General report no. 6 on the lunatic asylums, vaccination and dispensaries in the Bengal Presidency, 1873 -
Year: 1873
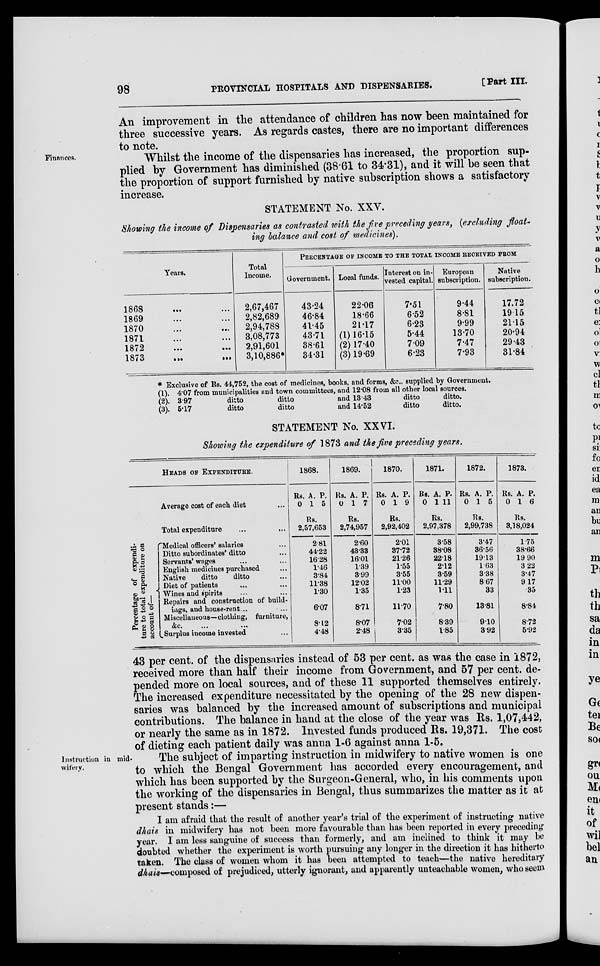
98
PROVINCIAL HOSPITALS AND DISPENSARIES.
[Part III.
An improvement in the attendance of children has now been maintained for
three successive years. As regards castes, there are no important differences
to note.
Finances.
Whilst the income of the dispensaries has increased, the proportion sup-
plied by Government has diminished (38.61 to 34.31), and it will be seen that
the proportion of support furnished by native subscription shows a satisfactory
increase.
STATEMENT No. XXV.
Showing the income of Dispensaries as contrasted with the five preceding years, (excluding float-
ing balance and cost of medicines).
Years.
1868 ... ...
1869 ... ...
1870 ... ...
1871 ... ...
1872
...
...
1873
...
...
Total
Income.
2,67,467
2,82,689
2,94,788
3,08,773
2,91,601
3,10,886*
PERCENTAGE OF INCOME TO THE TOTAL INCOME RECEIVED FROM
Government.
43.24
46.84
41.45
43.71
38.61
34.31
Local funds.
22.06
18.66
21.17
(1)16.15
(2) 17.40
(3) 19.69
Interest on in-
vested capital.
7.51
6.52
6.23
5.44
7.09
6.23
European
subscription.
9.44
8.81
9.99
13.70
7.47
7.93
Native
subscription.
17.72
19.15
21.15
20.94
29.43
31.84
* Exclusive of Rs. 44,752, the cost of medicines, books, and forms, &c., supplied by Government.
(1).
(2).
(3).
4.07 from
397
5.17
municipalities
ditto
ditto
and town committees,
ditto
ditto
and 12.08 from
and 13.43
and 14.52
all other local
ditto
ditto
sources.
ditto.
ditto.
STATEMENT No. XXVI.
Showing the expenditure of 1873 and the five preceding years.
HEADS OF EXPENDITURE.
Average cost of each diet ...
Total expenditure ... ...
Percentage of expendi-
ture to total expenditure on
account of—
Medical officers' salaries ...
Ditto subordinates' ditto...
Servants' wages ... ...
English medicines purchased ...
Native
ditto
ditto ...
Diet of patients ... ...
Wines and spirits ... ...
Repairs and construction of build¬
iags, and house-rent... ...
Miscellaneous—clothing, furniture,
&c. ... ... ...
Surplus income invested ...
1868.
Rs.
0
A.
1
P.
5
Rs.
2,57,653
2.81
44.22
16.28
1.46
3.84
11.38
1.30
6.07
8.12
4.48
1869.
Rs.
0
A.
1
P.
7
Rs.
2,74,957
2.60
43.33
16.01
1.39
3.99
12.02
1.35
8.71
8.07
2.48
1870.
Rs.
0
A.
1
P.
9
Rs.
2,92,402
2.01
37.72
21.26
1.55
3.55
11.00
1.23
11.70
7.02
3.35
1871.
Rs.
0
A.
1
Rs.
P.
11
2,97,378
3.58
38.08
22.18
2.12
3.59
11.29
1.11
7.80
8.39
1.85
1872.
Rs.
0
A.
1
P.
5
Rs.
2,99,738
3.47
36.56
19.13
1.63
338
8.67
33
13.81
9.10
3.92
1873.
Rs.
0
A.
1
P.
6
Rs.
3,18,024
1.75
38.66
19.90
3.22
3.47
9.17
35
8.84
8.72
5.92
43 per cent. of the dispensaries instead of 53 per cent. as was the case in 1872,
received more than half their income from Government, and 57 per cent. de-
pended more on local sources, and of these 11 supported themselves entirely.
The increased expenditure necessitated by the opening of the 28 new dispen-
saries was balanced by the increased amount of subscriptions and municipal
contributions. The balance in hand at the close of the year was Rs. 1,07,442,
or nearly the same as in 1872. Invested funds produced Rs. 19,371. The cost
of dieting each patient daily was anna 1-6 against anna 1-5.
Instruction in mid-
wifery.
The subject of imparting instruction in midwifery to native women is one
to which the Bengal Government has accorded every encouragement, and
which has been supported by the Surgeon-General, who, in his comments upon
the working of the dispensaries in Bengal, thus summarizes the matter as it at
present stands:—
I am afraid that the result of another year's trial of the experiment of instructing native
dhais in midwifery has not been more favourable than has been reported in every preceding
year. I am less sanguine of success than formerly, and am inclined to think it may be
doubted whether the experiment is worth pursuing any longer in the direction it has hitherto
taken. The class of women whom it has been attempted to teach—the native hereditary
dhais—composed of prejudiced, utterly ignorant, and apparently unteachable women, who seem